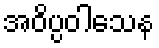
အဝိပ္ပဝါသေန